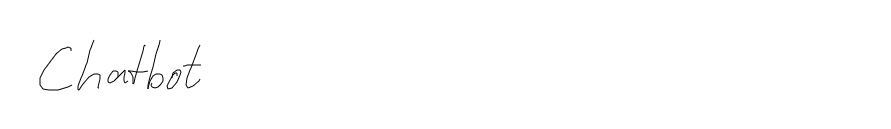
Chatbot